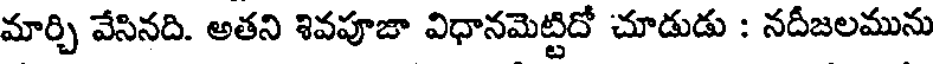
మార్చి వేసినది. అతని శివపూజా విధానమెట్టిదో చూడుడు : నదీజలమును